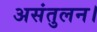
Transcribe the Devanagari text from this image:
असंतुलन।